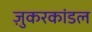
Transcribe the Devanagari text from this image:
ज़ुकरकांडल